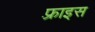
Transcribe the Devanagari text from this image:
फ़्राइस